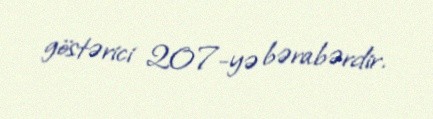
göstərici 207-yə bərabərdir.